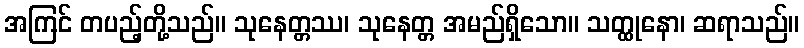
အကြင် တပည့်တို့သည်။ သုနေတ္တဿ၊ သုနေတ္တ အမည်ရှိသော။ သတ္ထုနော၊ ဆရာသည်။